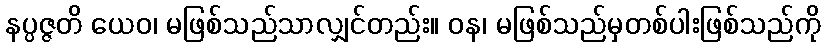
နပ္ပဇ္ဇတိ ယေဝ၊ မဖြစ်သည်သာလျှင်တည်း။ ဝန၊ မဖြစ်သည်မှတစ်ပါးဖြစ်သည်ကို